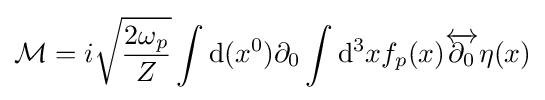
{\mathcal {M}}=i{\sqrt {\frac {2\omega _{p}}{Z}}}\int \mathrm {d} (x^{0})\partial _{0}\int \mathrm {d} ^{3}xf_{p}(x){\overleftrightarrow {\partial _{0}}}\eta (x)